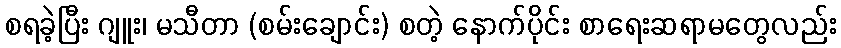
စရခဲ့ပြီး ဂျူး၊ မသီတာ (စမ်းချောင်း) စတဲ့ နောက်ပိုင်း စာရေးဆရာမတွေလည်း